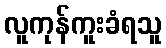
လူကုန်ကူးခံရသူ